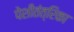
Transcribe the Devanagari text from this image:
पेशीतंत्रिका